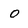
Character: 0